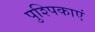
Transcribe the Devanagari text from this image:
पुश्पिकाएं